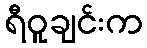
ရီဝူချင်းက